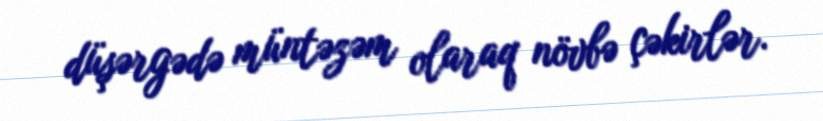
düşərgədə müntəzəm olaraq növbə çəkirlər.